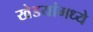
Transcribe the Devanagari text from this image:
खेडयांमध्ये